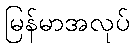
မြန်မာအလုပ်